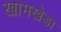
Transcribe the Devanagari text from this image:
खामखेडा